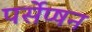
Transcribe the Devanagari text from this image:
पर्सेप्षन